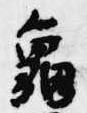
亀